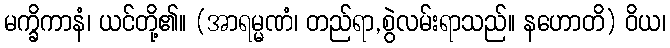
မက္ခိကာနံ၊ ယင်တို့၏။ (အာရမ္မဏံ၊ တည်ရာ,စွဲလမ်းရာသည်။ နဟောတိ) ဝိယ၊